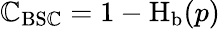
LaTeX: \mathbb{C}_{\mathrm{{BS\mathbb{C}}}}=1-\operatorname{H}_{\mathrm{{b}}}(p)